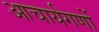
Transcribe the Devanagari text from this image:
आचार्यगणों